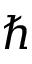
\hbar